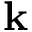
{ \textbf k }